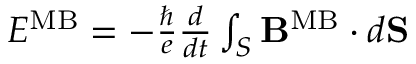
\begin{array} { r } { { \cal E } ^ { \mathrm { M B } } = - { \frac { \hbar } { e } } { \frac { d } { d t } } \int _ { S } { \bf B } ^ { \mathrm { M B } } \cdot d { \bf S } } \end{array}